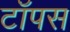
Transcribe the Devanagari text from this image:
टॉपस